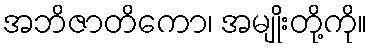
အဘိဇာတိကော၊ အမျိုးတို့ကို။